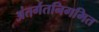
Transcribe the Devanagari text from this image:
अंतर्गतनिगमित